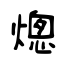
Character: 熜